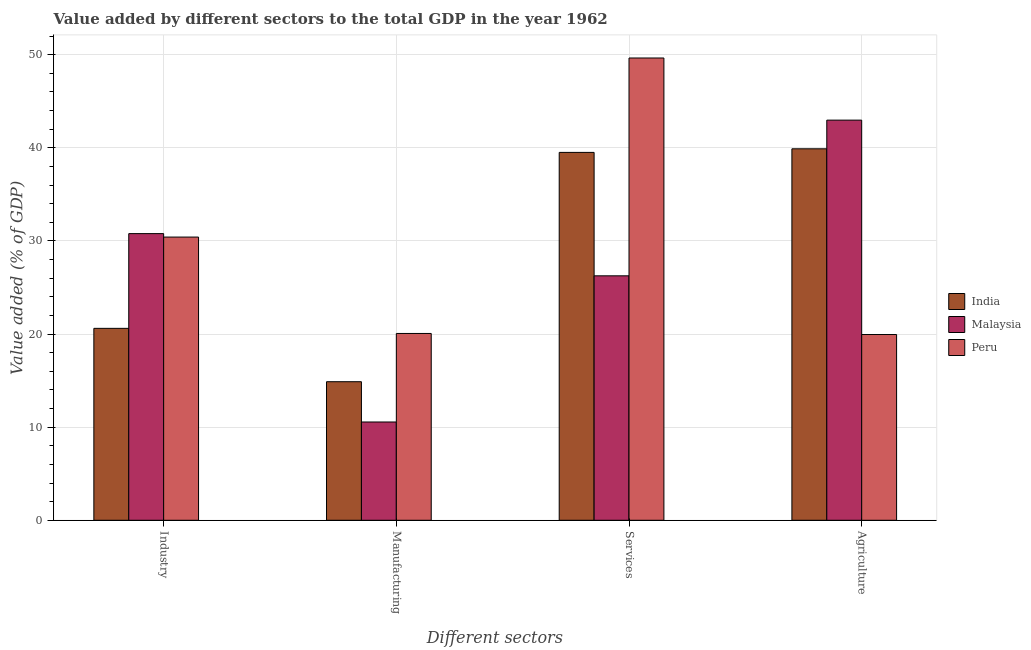
| Different sectors | India | Malaysia | Peru |
 | --- | --- | --- | --- |
 | Industry | 20.6 | 30.8 | 30.4 |
 | Manufacturing | 14.9 | 10.6 | 20.1 |
 | Services | 39.5 | 26.2 | 49.6 |
 | Agriculture | 39.9 | 43 | 19.9 |